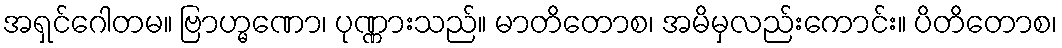
အရှင်ဂေါတမ။ ဗြာဟ္မဏော၊ ပုဏ္ဏားသည်။ မာတိတောစ၊ အမိမှလည်းကောင်း။ ပိတိတောစ၊